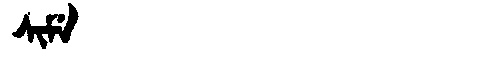
Manchu: ᠰᡳᠮᡝ
Romanization: SIME